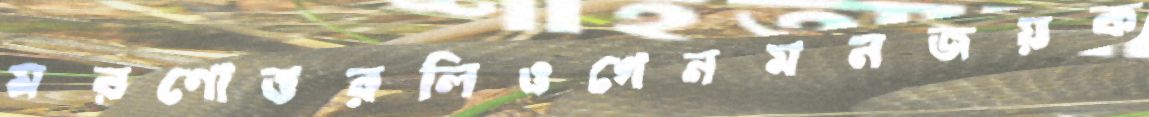
মরণোত্তরলিওগেনমনজয়ক